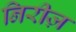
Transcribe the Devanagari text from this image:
निरीज़